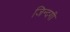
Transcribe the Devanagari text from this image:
जिन्‍दगी